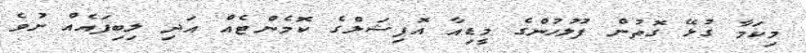
މިކަމާ ގުޅޭ ގޮތުން ފުލުހުންގެ މީޑިއާ އޮފިޝަލްގެ ކޮމެންޓެއް އަދި ލިބިފައެއް ނުވެ